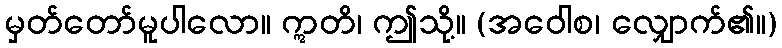
မှတ်တော်မူပါလော။ ဣတိ၊ ဤသို့။ (အဝေါစ၊ လျှောက်၏။)